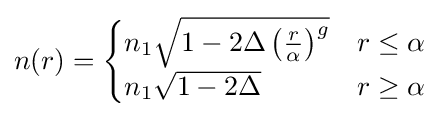
n(r)={\begin{cases}n_{1}{\sqrt {1-2\Delta \left({r \over \alpha }\right)^{g}}}&r\leq \alpha \\n_{1}{\sqrt {1-2\Delta }}&r\geq \alpha \end{cases}}